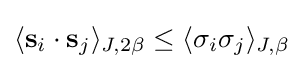
\langle \mathbf {s} _{i}\cdot \mathbf {s} _{j}\rangle _{J,2\beta }\leq \langle \sigma _{i}\sigma _{j}\rangle _{J,\beta }